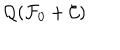
{ \cal { Q } } ( { \cal { F } } _ { 0 } + { \cal { C } } )